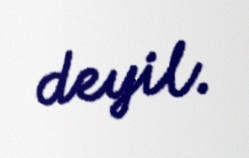
deyil.